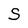
Character: S